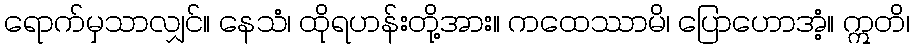
ရောက်မှသာလျှင်။ နေသံ၊ ထိုရဟန်းတို့အား။ ကထေဿာမိ၊ ပြောဟောအံ့။ ဣတိ၊